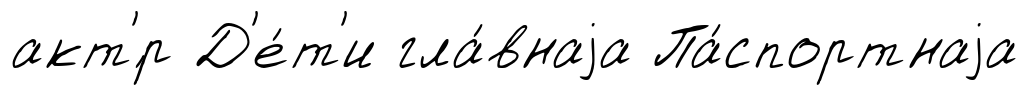
акт'́р Д'е́т'и гла́внаjа Па́спортнаjа